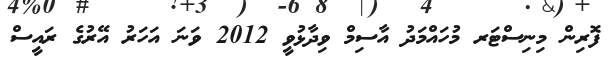
ފޮރިން މިނިސްޓަރ މުހައްމަދު އާސިމް ވިދާޅުވީ 2012 ވަނަ އަހަރު އޭރުގެ ރައީސް